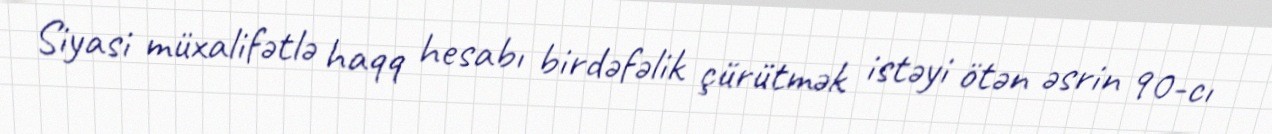
Siyasi müxalifətlə haqq hesabı birdəfəlik çürütmək istəyi ötən əsrin 90-cı